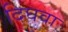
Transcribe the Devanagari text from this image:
दिघवा